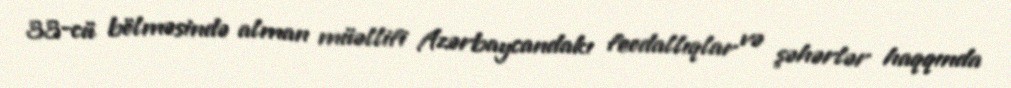
33-cü bölməsində alman müəllifi Azərbaycandakı feodallıqlar və şəhərlər haqqında